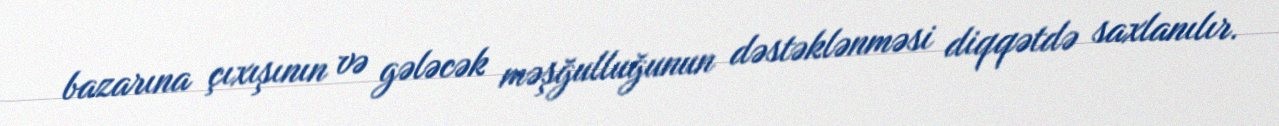
bazarına çıxışının və gələcək məşğulluğunun dəstəklənməsi diqqətdə saxlanılır.